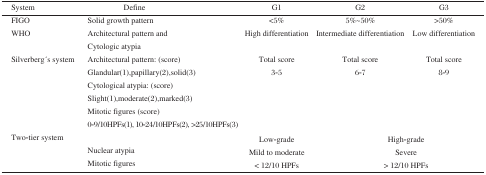
<table><thead><tr><td><b>System</b></td><td><b>Define</b></td><td><b>Gl</b></td><td><b>G2</b></td><td><b>G3</b></td></tr></thead><tbody><tr><td>FIGO</td><td>Solid growth pattern</td><td>&lt;5%</td><td>5%∼50%</td><td>&gt;50%</td></tr><tr><td>WHO</td><td>Architectural pattern and Cytologic atypia</td><td>High differentiation</td><td>Intermediate differentiation</td><td>Low differentiation</td></tr><tr><td rowspan="6">Silverberg's system</td><td>Architectural pattern: (score)</td><td>Total score</td><td>Total score</td><td>Total score</td></tr><tr><td>Glandular(l),papillary(2),solid(3)</td><td>3-5</td><td>6-7</td><td>8-9</td></tr><tr><td>Cytological atypia: (score)</td><td>[EMPTY_CELL]</td><td>[EMPTY_CELL]</td><td>[EMPTY_CELL]</td></tr><tr><td>Slight(l),moderate(2),marked(3)</td><td>[EMPTY_CELL]</td><td>[EMPTY_CELL]</td><td>[EMPTY_CELL]</td></tr><tr><td>Mitotic figures (score)</td><td>[EMPTY_CELL]</td><td>[EMPTY_CELL]</td><td>[EMPTY_CELL]</td></tr><tr><td>0-9/10HPFs(l), 10-24/10HPFs(2), &gt;25/10HPFs(3)</td><td>[EMPTY_CELL]</td><td>[EMPTY_CELL]</td><td>[EMPTY_CELL]</td></tr><tr><td rowspan="3">Two-tier system</td><td>[EMPTY_CELL]</td><td>Low-grade</td><td colspan="2">High-grade</td></tr><tr><td>Nuclear atypia</td><td>Mild to moderate</td><td colspan="2">Severe</td></tr><tr><td>Mitotic figures</td><td>&lt; 12/10 HPFs</td><td colspan="2">&gt; 12/10 HPFs</td></tr></tbody></table>